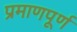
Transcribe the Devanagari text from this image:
प्रमाणपूर्ण